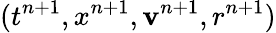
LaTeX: (t^{n+1},x^{n+1},\mathbf{v}^{n+1},r^{n+1})